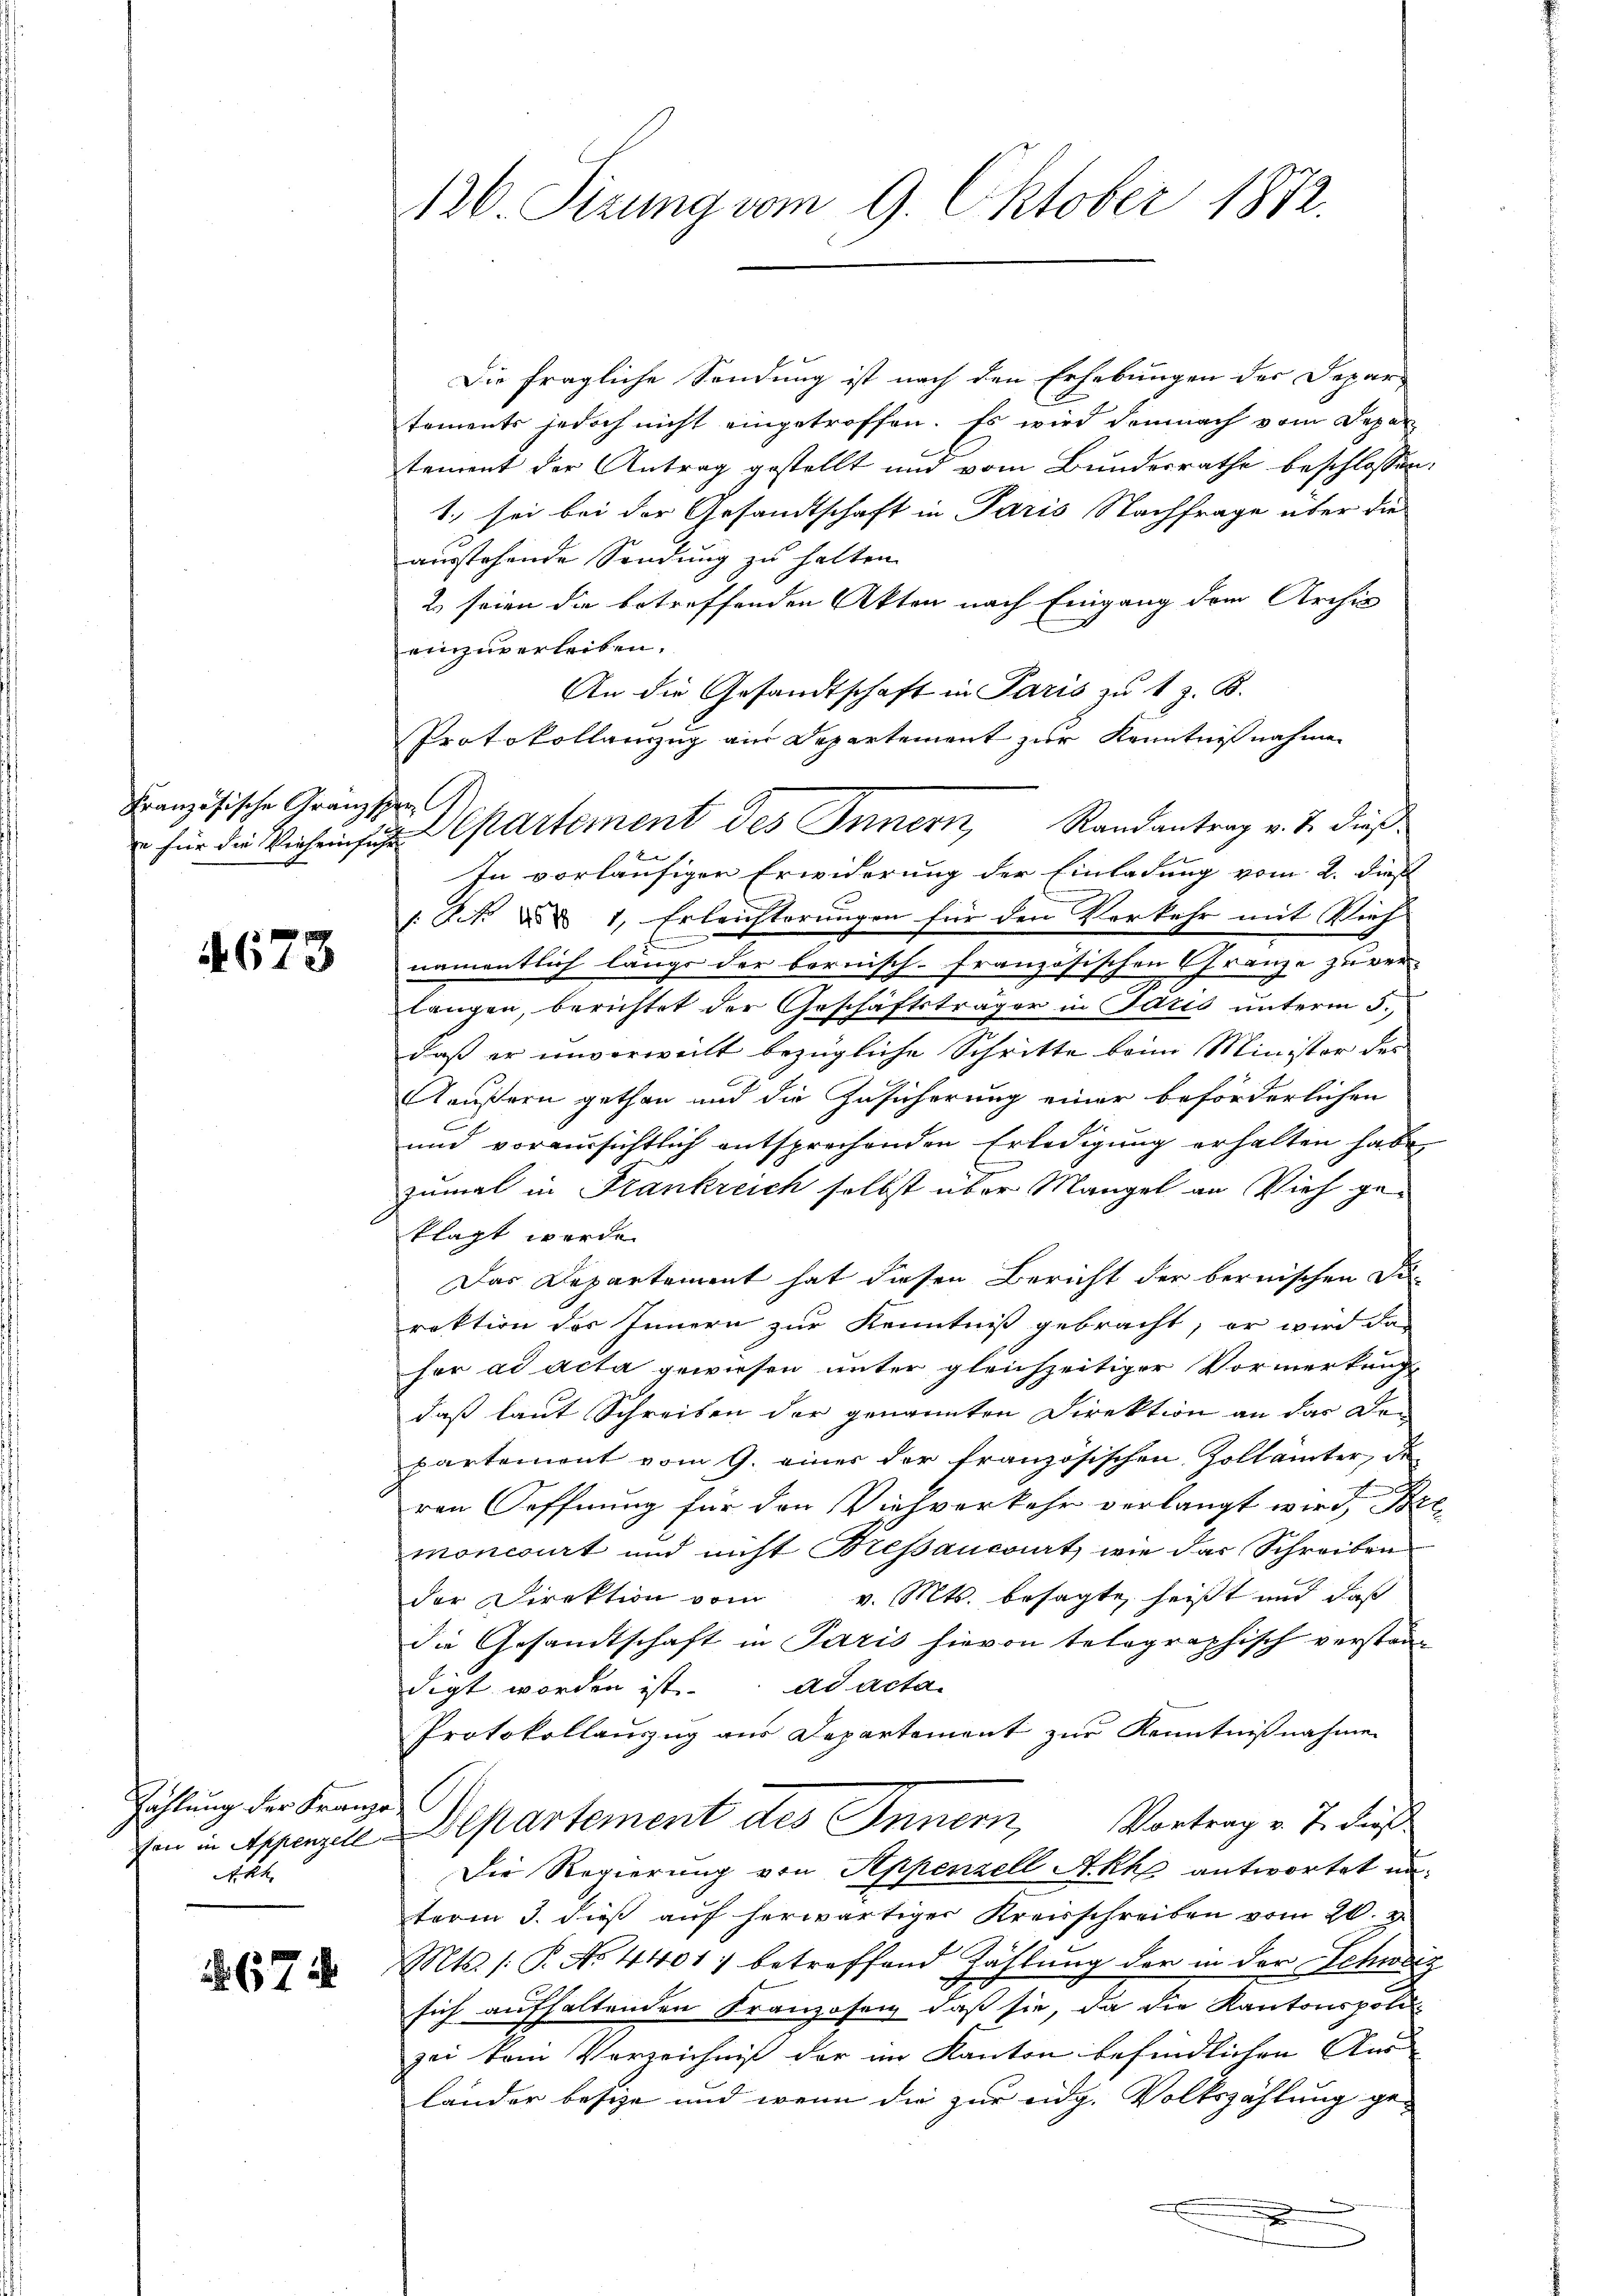
Französische Kranzsper

673

Zählung der Franze
Akt

. 674

126. Sizung vom 9. Oktober 1872.

Die fragliche Sendung ist nach den Erhebungen der Depar-
tements jedoch nicht eingetroffen. Es wird demnach vom Depar
tement der Antrag gestellt und vom Bundesrathe beschlossen:
1. sei bei der Gesandtschaft in Paris Nachfrage über die
ausstehende Sendung zu halten.
2 seien die betreffenden Akten nach Eingang dem Archiv
einzuverleiben.
An die Gesandtschaft in Paris zu 1 z. B.
Protokollenzug am Departement zur Kenntnißnahmen
In vorläufigen Erwiderung der Einladung vom 2. dieß
/Kk d 1, Erleichterungen für den Verkehr mit Vieh
f
namentlich lange der bernisch-französischen Gränze zu ver-
langen, berichtet der Geschäftsträger in Paris unterm 5.
daß er unverweilt bezügliche Schritte beim Minister des
Aäußern gethan und die Zusicherung einer beförderlichen
und voraussichtlich entsprechenden Erledigung erhalten habe,
zumal in Frankreich selbst über Mangel an Vieh geklagt werde.
Das Departement hat diesen Bericht der bernischen Di-
rektion des Innern zur Kenntniß gebracht, er wird das
her ad acta gewiesen unter gleichzeitiger Vormerkung
daß laut Schreiben der genannten Direktion an das Departement vom 9. einer der französischen Zollämter, de
ren Hoffnung für den Viehverkehr verlangt wird, Bemonciert und nicht Breßancourt, wie das Schreiben
der Direktion vom v. Mts. besagte heißt und daß
die Gesandtschaft in Paris hievon telegraphisch verstandigt worden ist. ad acta
Protokollauszug aus Departement zur Kenntnißnahmen
Vortrag v. J. dieß
von in Appenzell. Departement des Innern,
Die Regierung von Appenzell Akko antwortet unterm 3. dieß auf herwärtiger Kreisschreiben vom 20. v.
Mts. /: P. No 4401) betreffend Zählung der in der Schweiz
sich aufhaltenden Franzosen, daß sie, da die Kantonspoli-
zei kam Verzeichniß der im Kanton befindlichen Ausländer beseze und wenn die zur eidg. Volkszählung ge¬

xx

für die Verheinige partement des Innern, Randantrag v. J. dieß¬